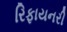
રિફાયનરી